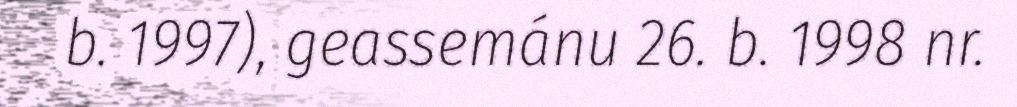
b. 1997), geassemánu 26. b. 1998 nr.